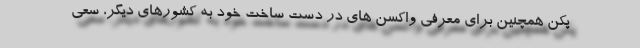
پکن همچنین برای معرفی واکسن های در دست ساخت خود به کشورهای دیگر، سعی